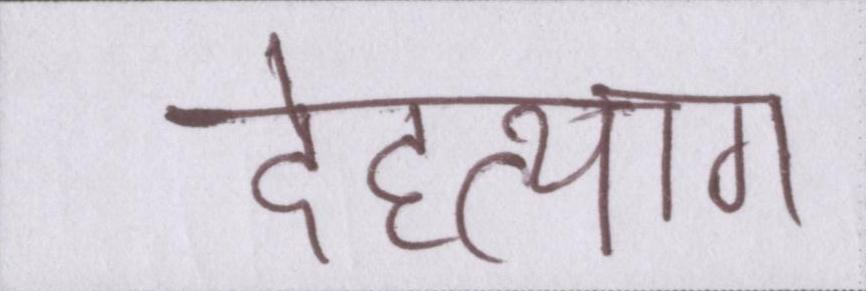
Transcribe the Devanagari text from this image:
देहत्याग